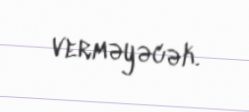
verməyəcək.